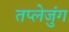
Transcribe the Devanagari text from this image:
तप्लेजुंग